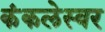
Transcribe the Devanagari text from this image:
कंकलेस्वर